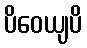
ပိဝေယျပိ